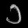
Digit: ၁